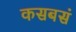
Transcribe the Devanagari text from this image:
कसबसं